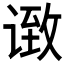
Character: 𫍶